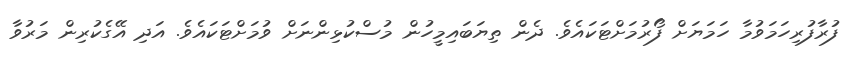
ފުރާފުރިހަމަވުމާ ހަމަޔަށް ފޯރުމަށްޓަކައެވެ. ދެން ތިޔަބައިމީހުން މުސްކުޅިންނަށް ވުމަށްޓަކައެވެ. އަދި އޭގެކުރިން މަރުވާ